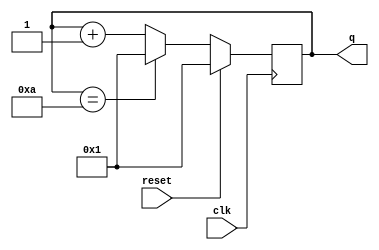
module top_module (
    input clk,
    input reset,
    output [3:0] q);

    always@(posedge clk) begin
        if(reset)
            q <= 4'd1;
        else if(q == 10)
            q <= 4'd1;
        else
            q <= q + 1'b1;
    end
    
endmodule